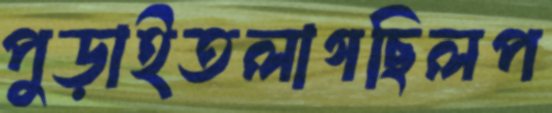
পুড়াইতলাগছিলপ